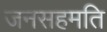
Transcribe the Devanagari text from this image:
जनसहमति